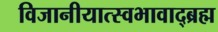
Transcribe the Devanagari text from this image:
विजानीयात्स्वभावाद्ब्रह्म